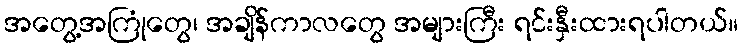
အတွေ့အကြုံတွေ၊ အချိန်ကာလတွေ အများကြီး ရင်းနှီးထားရပါတယ်။